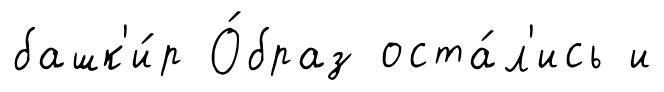
башк'и́р О́браз оста́л'ись и